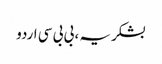
بشکریہ ، بی بی سی اردو